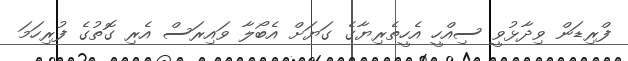
ފްރިޑަން ވިދާޅުވީ ސިއްހީ އެހީތެރިޔާގެ ގަޔަށް އެބޯލާ ވައިރަސް އެރި ގޮތުގެ ފުރިހަމަ